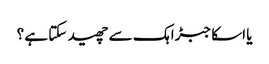
یا اسکا جبڑا ہک سے چھید سکتا ہے ؟